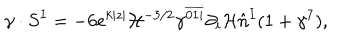
\gamma \cdot S ^ { I } = - 6 e ^ { k | z | } { \cal H } ^ { - 3 / 2 } \gamma ^ { \overline { { { 0 1 i } } } } \partial _ { i } { \cal H } \hat { n } ^ { I } ( 1 + \gamma ^ { 7 } ) ,